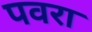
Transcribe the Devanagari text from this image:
पवरा